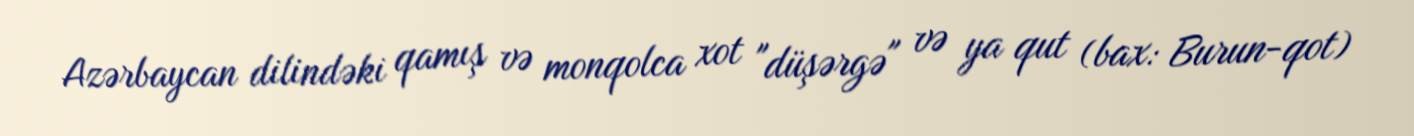
Azərbaycan dilindəki qamış və monqolca xot "düşərgə" və ya qut (bax: Burun-qot)